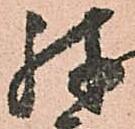
殊